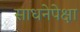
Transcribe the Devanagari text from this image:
साधनेपेक्षा